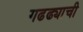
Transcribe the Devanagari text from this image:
गढढ्याची